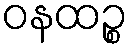
ဝနထဉ္စ